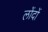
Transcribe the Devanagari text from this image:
लोंदों